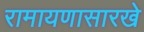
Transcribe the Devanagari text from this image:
रामायणासारखे